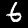
Label: 6